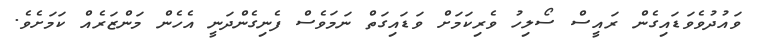
ވައުދުވެވަޑައިގެން ރައީސް ސޯލިހު ވެރިކަމަށް ވަޑައިގަތް ނަމަވެސް ފެނިގެންދަނީ އެހެން މަންޒަރެއް ކަމަށެވެ.